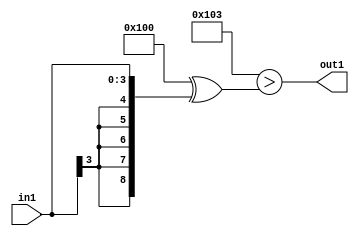
`timescale 1ps / 1ps
/*****************************************************************************
    Verilog RTL Description
    
    
    Created by: Stratus DpOpt 2019.1.01 
*******************************************************************************/

module SobelFilter_Lti3s4_1 (
	in1,
	out1
	); /* architecture "behavioural" */ 
input [3:0] in1;
output  out1;
wire  asc001;

assign asc001 = ((9'B100000000 ^ 9'B000000011)>(9'B100000000 ^ {{5{in1[3]}}, in1}));

assign out1 = asc001;
endmodule

/* CADENCE  ubP0Qw8= : u9/ySgnWtBlWxVPRXgAZ4Og= ** DO NOT EDIT THIS LINE ******/